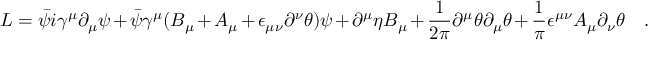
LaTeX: L = \bar { \psi } i \gamma ^ { \mu } \partial _ { \mu } \psi + { \bar { \psi } } \gamma ^ { \mu } ( B _ { \mu } + A _ { \mu } + \epsilon _ { \mu \nu } \partial ^ { \nu } \theta ) \psi + \partial ^ { \mu } \eta B _ { \mu } + \frac { 1 } { 2 \pi } \partial ^ { \mu } \theta \partial _ { \mu } \theta + \frac { 1 } { \pi } \epsilon ^ { \mu \nu } A _ { \mu } \partial _ { \nu } \theta \quad .